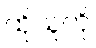
ထိုသူကို